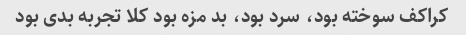
کراکف سوخته بود، سرد بود، بد مزه بود کلا تجربه بدی بود